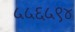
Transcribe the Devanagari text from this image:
५५६५९४